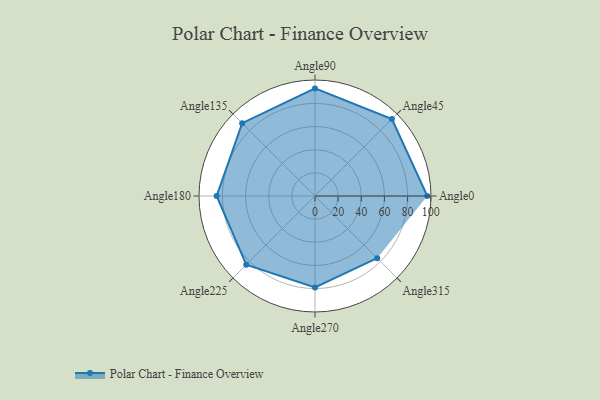
{"axis": {"x": "Angle", "y": "Radius"}, "legend": [""], "data": [{"x": "Angle0", "y": 97.0, "type": ""}, {"x": "Angle45", "y": 94.0, "type": ""}, {"x": "Angle90", "y": 93.0, "type": ""}, {"x": "Angle135", "y": 89.0, "type": ""}, {"x": "Angle180", "y": 85.0, "type": ""}, {"x": "Angle225", "y": 84.0, "type": ""}, {"x": "Angle270", "y": 79.0, "type": ""}, {"x": "Angle315", "y": 76.0, "type": ""}]}